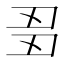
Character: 𬻘